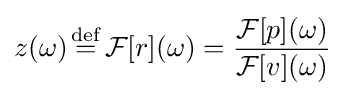
z(\omega ){\stackrel {\mathrm {def} }{{}={}}}{\mathcal {F}}[r](\omega )={\frac {{\mathcal {F}}[p](\omega )}{{\mathcal {F}}[v](\omega )}}